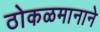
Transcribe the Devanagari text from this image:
ठोकळमानाने